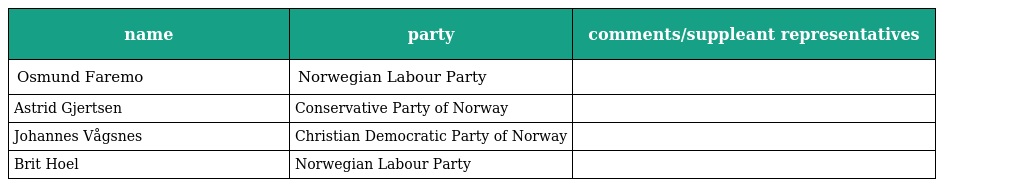
| name | party | comments/suppleant representatives |
 | --- | --- | --- |
 | Osmund Faremo | Norwegian Labour Party |  |
 | Astrid Gjertsen | Conservative Party of Norway |  |
 | Johannes Vågsnes | Christian Democratic Party of Norway |  |
 | Brit Hoel | Norwegian Labour Party |  |